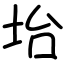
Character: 坮